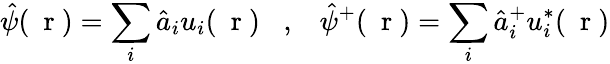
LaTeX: \hat{\psi}(\mathrm{~\mathbf~r~})=\sum_{i}\hat{a}_{i}u_{i}(\mathrm{~\mathbf~r~})\; \; \; ,\; \; \; \hat{\psi}^{+}(\mathrm{~\mathbf~r~})=\sum_{i}\hat{a}_{i}^{+}u_{i}^{*}(\mathrm{~\mathbf~r~})